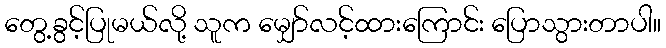
တွေ့ခွင့်ပြုမယ်လို့ သူက မျှော်လင့်ထားကြောင်း ပြောသွားတာပါ။